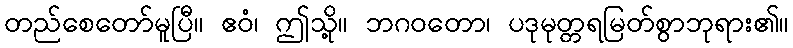
တည်စေတော်မူပြီ။ ဧဝံ၊ ဤသို့။ ဘဂဝတော၊ ပဒုမုတ္တရမြတ်စွာဘုရား၏။